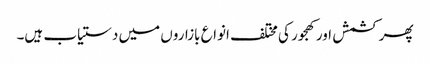
پھر کشمش اور کھجور کی مختلف انواع بازاروں میں دستیاب ہیں۔